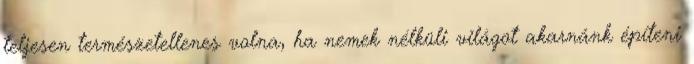
teljesen természetellenes volna, ha nemek nélküli világot akarnánk építeni